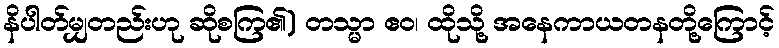
နိပါတ်မျှတည်းဟု ဆိုစကြ၏) တသ္မာ ဧဝ၊ ထိုသို့ အနေကာယတနတို့ကြောင့်